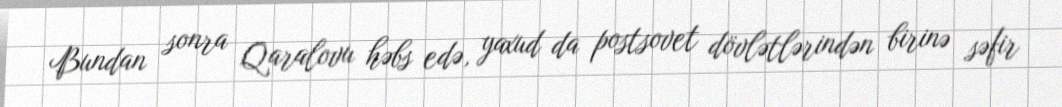
Bundan sonra Qaralovu həbs edə, yaxud da postsovet dövlətlərindən birinə səfir